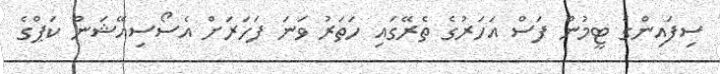
ސިފައިންގެ ޓީމުން ފަސް އަހަރުގެ ތެރޭގައި ހަތަރު ވަނަ ފަހަރަށް އެސޯސިއޭޝަން ކަޕްގެ